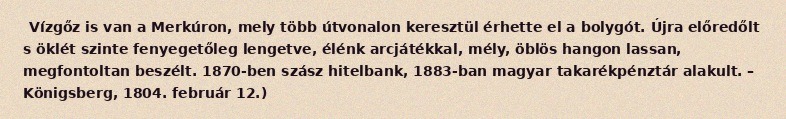
Vízgőz is van a Merkúron, mely több útvonalon keresztül érhette el a bolygót. Újra előredőlt s öklét szinte fenyegetőleg lengetve, élénk arcjátékkal, mély, öblös hangon lassan, megfontoltan beszélt. 1870-ben szász hitelbank, 1883-ban magyar takarékpénztár alakult. – Königsberg, 1804. február 12.)